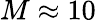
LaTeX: M\approx 10